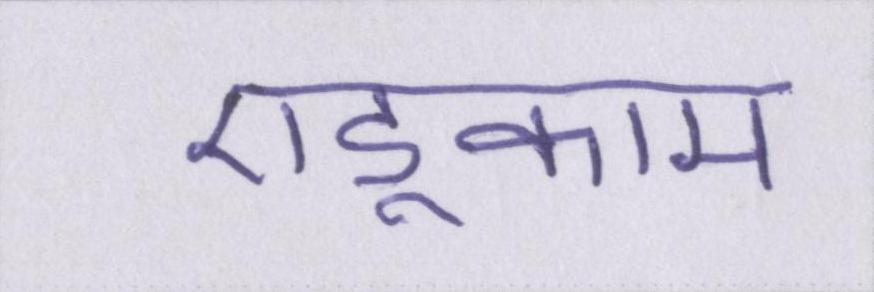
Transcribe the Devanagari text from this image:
एडूकाम